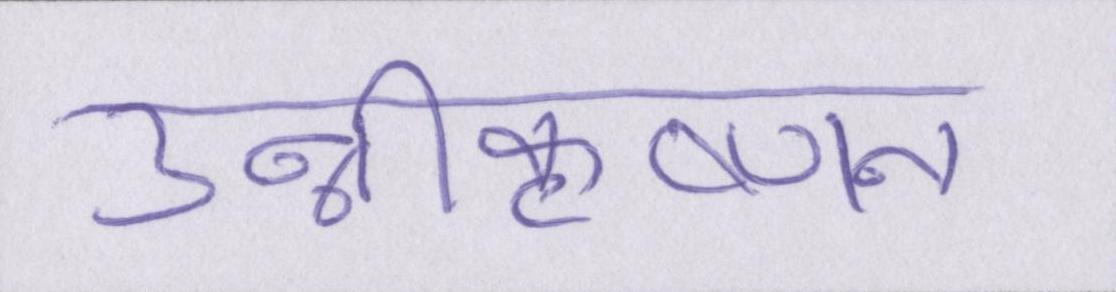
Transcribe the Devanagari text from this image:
उन्नीकृष्णन